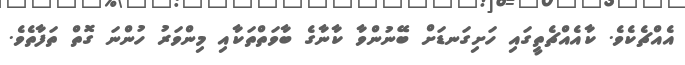
އެއްޗެކެވެ. ކާއެއްޗެތީގައި ހަށިގަނޑަށް ބޭނުންވާ ކާނާގެ ބާވަތްތަކާއި މިންވަރު ހުންނަ ގޮތް ތަފާތެވެ.